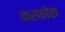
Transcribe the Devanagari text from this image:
करफोक